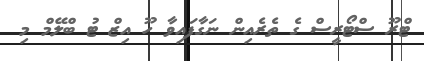
ޓްރޫ ސްޓޯރީސް ގެ ތެރެއިން ނަގާފައިވާ ހޫ އިޒް ޓު ބްލޭމް މި